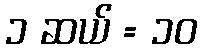
၁ ဆယ် = ၁၀